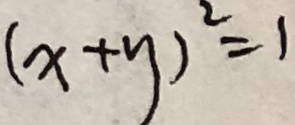
( x + y ) ^ { 2 } = 1